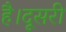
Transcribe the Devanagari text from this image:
है।दूसरी